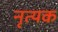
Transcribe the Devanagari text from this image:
नृत्यक